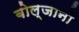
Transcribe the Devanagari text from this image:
बोल्जानो